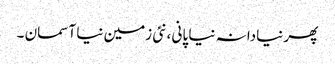
پھر نیادانہ نیا پانی ،نئی زمین نیا آسمان ۔